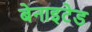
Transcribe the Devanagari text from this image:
बेनाइटेड